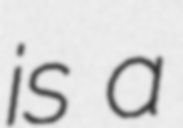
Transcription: is a